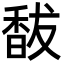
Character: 馛